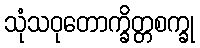
သုံသဝုတောက္ခိတ္တစက္ခု